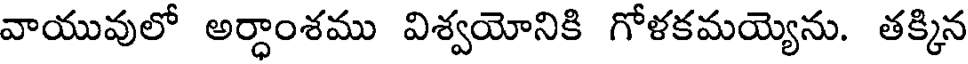
వాయువులో అర్ధాంశము విశ్వయోనికి గోళకమయ్యెను. తక్కిన